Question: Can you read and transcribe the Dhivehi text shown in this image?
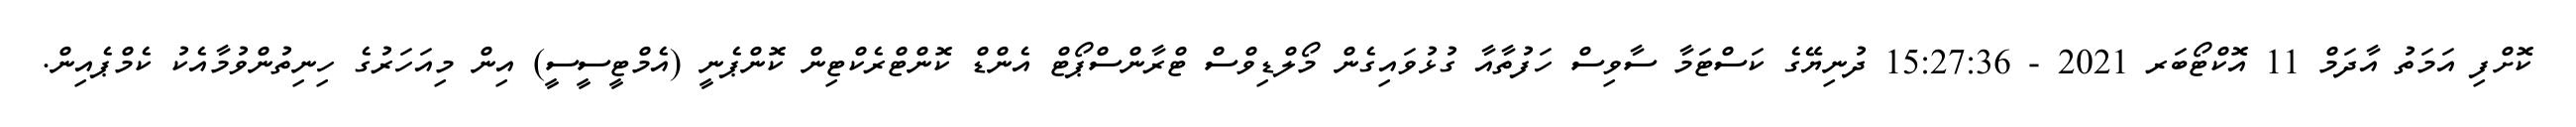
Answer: ކޮށްފި އަމަތު އާދަމް 11 އޮކްޓޯބަރ 2021 - 15:27:36 ދުނިޔޭގެ ކަސްޓަމާ ސާވިސް ހަފުތާއާ ގުޅުވައިގެން މޯލްޑިވްސް ޓްރާންސްޕޯޓް އެންޑް ކޮންޓްރެކްޓިން ކޮންޕެނީ (އެމްޓީސީސީ) އިން މިއަހަރުގެ ހިނިތުންވުމާއެކު ކެމްޕެއިން.